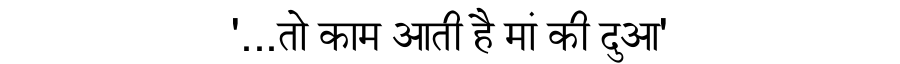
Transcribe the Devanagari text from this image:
'...तो काम आती है मां की दुआ'